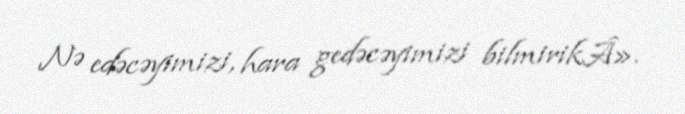
Nə edəcəyimizi, hara gedəcəyimizi bilmirikÂ».